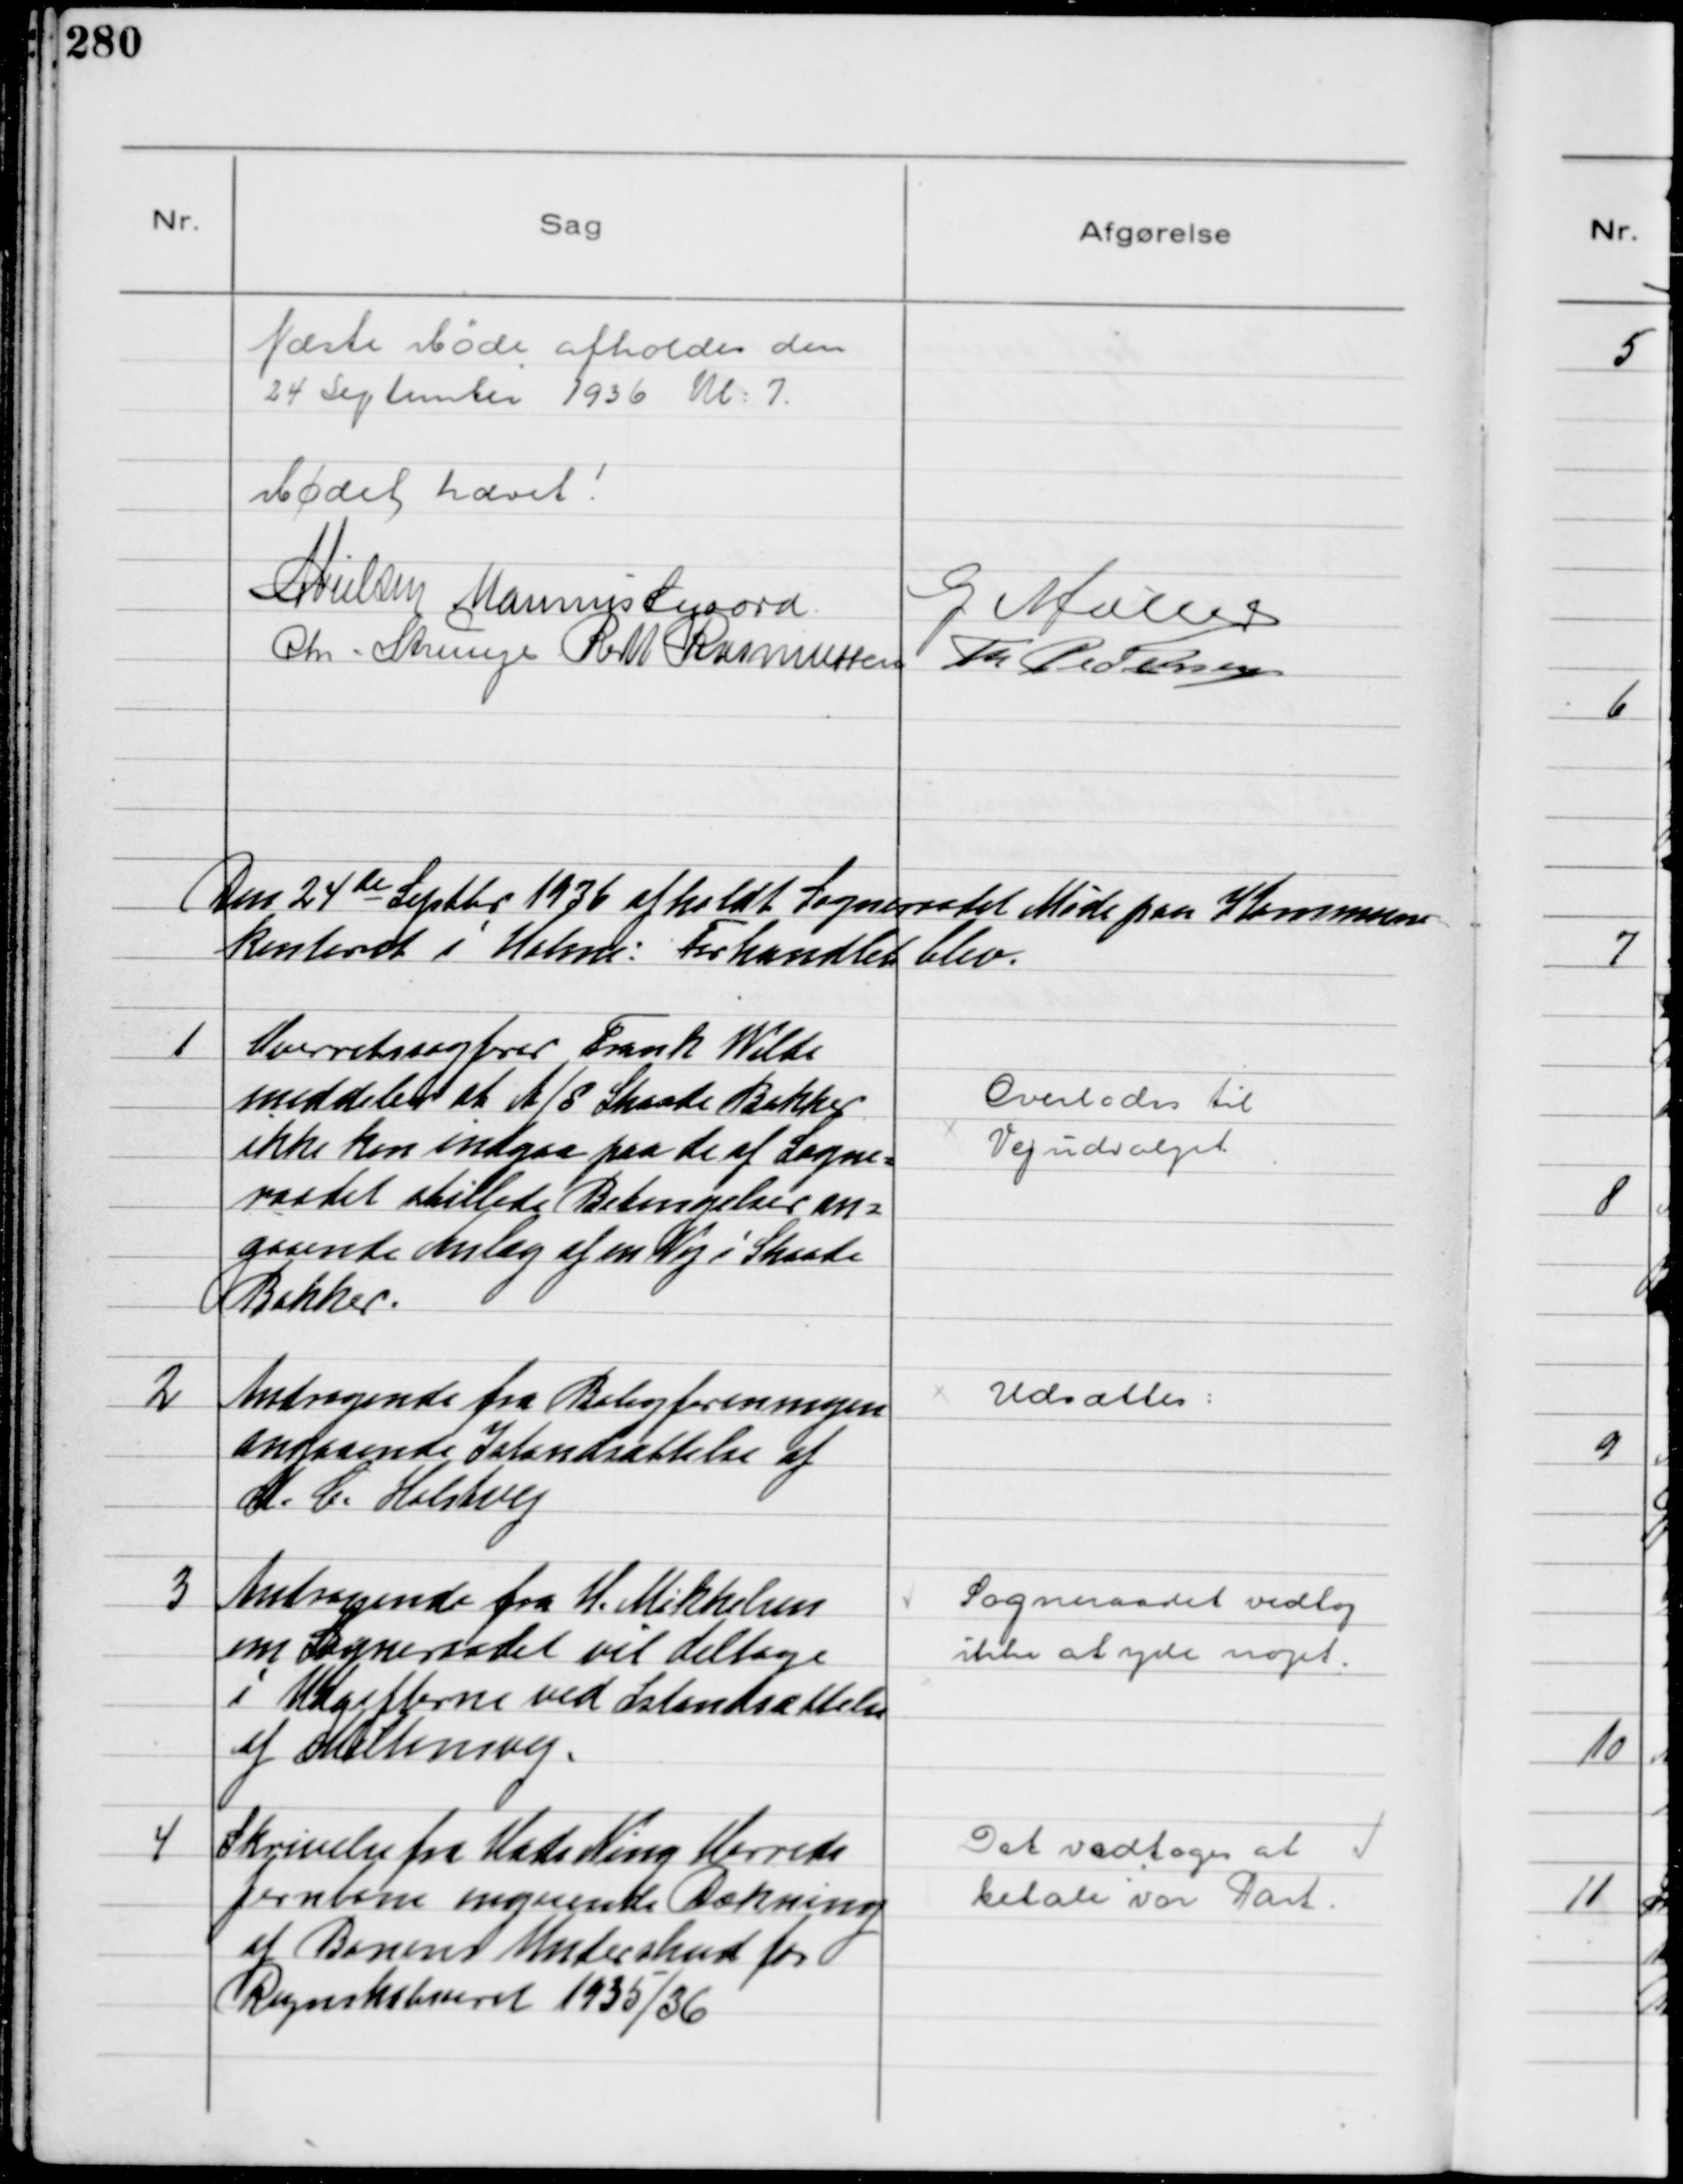
Transskription:
Næste Møde afholdes den
24 September 1936 Kl 7
Mødet hævet!
NNielsen Marinus Sigaard G Møller
Chr. Strunge R M Rasmussen Th Pedersen

Den 24de Septbr 1936 afholdt Sogneraadet Møde paa Kommune-
kontoret i Holme: Forhandlet blev.

1
Overretssagfører Frank Wilde
meddeler at A/S Skaade Bakker
ikke kan indgaa paa de af Sogne-
raadet stillede Betingelser an-
gaaende Anlæg af en Vej i Skaade
Bakker.

Overlodes til
Vejudvalget

2
Andragende fra Boligforeningen
angaaende Istandsættelse af
M. C. Holstvej

Udsattes

3
Andragende fra H. Mikkelsen
om Sogneraadet vil deltage
i Udgifterne ved Istandsættelse
af Miltonsvej.

Sogneraadet vedtog
ikke at yde noget.

4
Skrivelse fra Hads Ning Herreds
Jernbane angaaende Dækning
af Banens Underskud for
Regnskabsaaret 1935/36

Det vedtoges at
betale vor Part